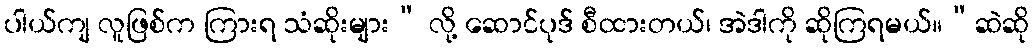
ပါယ်ကျ လူဖြစ်က ကြားရ သံဆိုးများ” လို့ ဆောင်ပုဒ် စီထားတယ်၊ အဲဒါကို ဆိုကြရမယ်။“ဆဲဆို